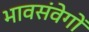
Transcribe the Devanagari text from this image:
भावसंवेगों